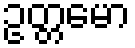
ဥတ္တမော